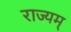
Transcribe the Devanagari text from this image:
राज्यम्